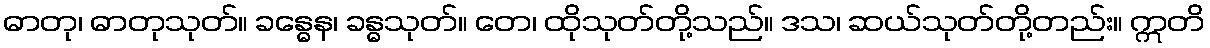
ဓာတု၊ ဓာတုသုတ်။ ခန္ဓေန၊ ခန္ဓသုတ်။ တေ၊ ထိုသုတ်တို့သည်။ ဒသ၊ ဆယ်သုတ်တို့တည်း။ ဣတိ